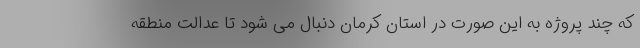
که چند پروژه به این صورت در استان کرمان دنبال می شود تا عدالت منطقه